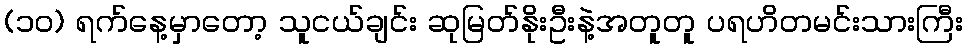
(၁၀) ရက်နေ့မှာတော့ သူငယ်ချင်း ဆုမြတ်နိုးဦးနဲ့အတူတူ ပရဟိတမင်းသားကြီး